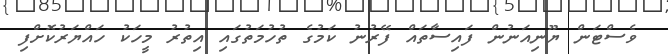
ވެސްޓަން ޔޫނިއަނުން ފައިސާތައް ފޭރުނު ކަމުގެ ތުހުމަތުގައި އިތުރު މީހަކު ހައްޔަރުކޮށްފި